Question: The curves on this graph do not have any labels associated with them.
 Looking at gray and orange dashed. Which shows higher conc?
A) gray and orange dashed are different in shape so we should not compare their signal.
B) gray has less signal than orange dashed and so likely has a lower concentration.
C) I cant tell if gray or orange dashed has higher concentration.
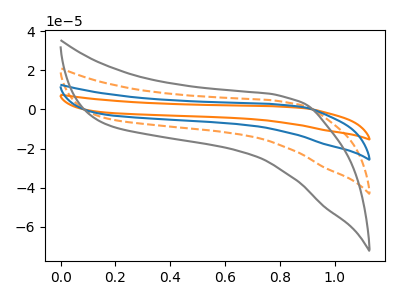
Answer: <think>The orange curve "orange" has no peaks. The orange dashed curve "orange dashed" has no peaks. The blue curve "blue" has no peaks. The gray curve "gray" has no peaks.
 Neither "gray" or "orange dashed" have any peaks.</think>
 <answer>C) I cant tell if "gray" or "orange dashed" has higher concentration.</answer>
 <eval>C</eval>